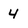
Character: 4